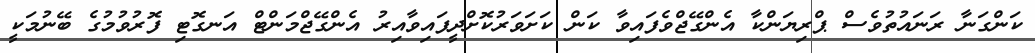
ކަންގަނާ ރަނައުތުވެސް ޕްރިޔަންކާ އެންގޭޖްވެފައިވާ ކަން ކަށަވަރުކޮށްދީފައިވާއިރު އެންގޭޖްމަންޓް އަނގޮޓި ފޮރުވުމުގެ ބޭނުމަކީ